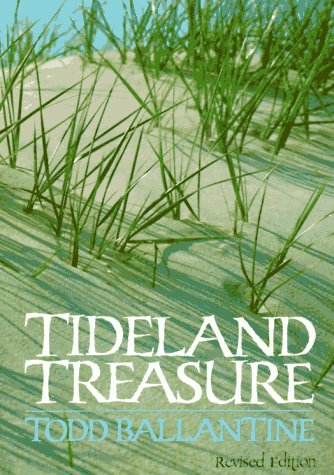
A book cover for Tideland Treasure; Todd Ballantine; Travel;